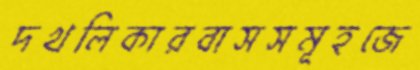
দখলিকারবাসসমূহজে